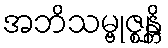
အဘိသမ္ဗုဇ္ဈန္တိ